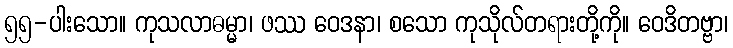
၅၅-ပါးသော။ ကုသလာဓမ္မာ၊ ဖဿ ဝေဒနာ၊ စသော ကုသိုလ်တရားတို့ကို။ ဝေဒိတဗ္ဗာ၊